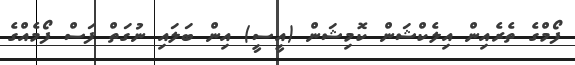
ފޯމްގެ ތެރެއިން އިލެކްޝަން ކޮމިޝަން (އީސީ) އިން ބަލައި ނުގަތް ފަސް ފޯމެއްގެ